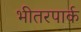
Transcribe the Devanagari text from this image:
भीतरपार्क